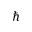
\hslash